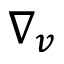
\nabla _ { v }